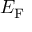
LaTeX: E _ { \mathrm { F } }